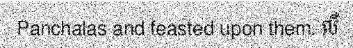
Panchalas and feasted upon them. លឺ